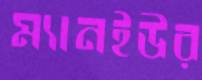
ম্যানইউর